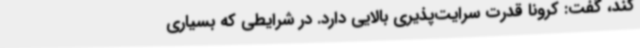
کند، گفت: کرونا قدرت سرایت‌پذیری بالایی دارد. در شرایطی که بسیاری